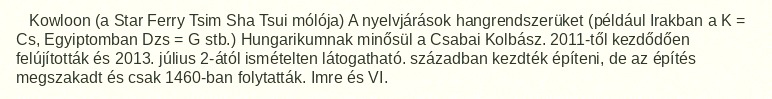
Kowloon (a Star Ferry Tsim Sha Tsui mólója) A nyelvjárások hangrendszerüket (például Irakban a K = Cs, Egyiptomban Dzs = G stb.) Hungarikumnak minősül a Csabai Kolbász. 2011-től kezdődően felújították és 2013. július 2-ától ismételten látogatható. században kezdték építeni, de az építés megszakadt és csak 1460-ban folytatták. Imre és VI.